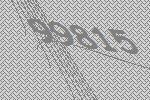
99815